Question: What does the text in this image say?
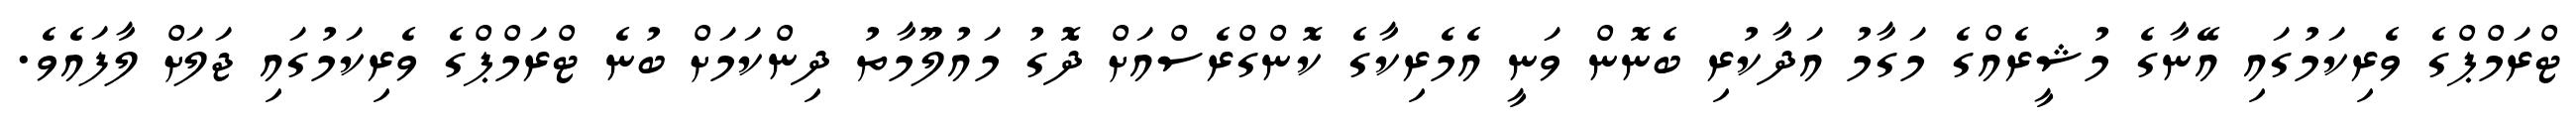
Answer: ޓްރަމްޕްގެ ވެރިކަމުގައި އޭނާގެ މުޝީރެއްގެ މަގާމު އަދާކުރި ބެނޮން ވަނީ އެމެރިކާގެ ކޮންގްރެސްއަށް ދޮގު މައުލޫމާތު ދިންކަމަށް ބުނެ ޓްރަމްޕްގެ ވެރިކަމުގައި ޖަލަށް ލާފައެވެ.